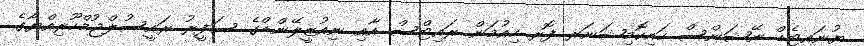
ޔުނައިޓެޑް ނޭޝަންސް ހައިކޮމިޝަނަރ ފޮރ ހިއުމަން ރައިޓްސް އާއި ނިއުޒީލޭންޑްގެ ސަފީރު ރައީސުލްޖުމްހޫރިއްޔާގެ